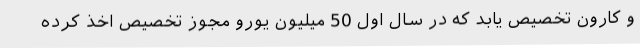
و کارون تخصیص یابد که در سال اول 50 میلیون یورو مجوز تخصیص اخذ کرده